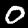
Digit: 0